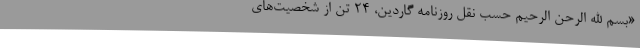
«بسم الله الرحن الرحیم حسب نقل روزنامه گاردین، 24 تن از شخصیت‌های